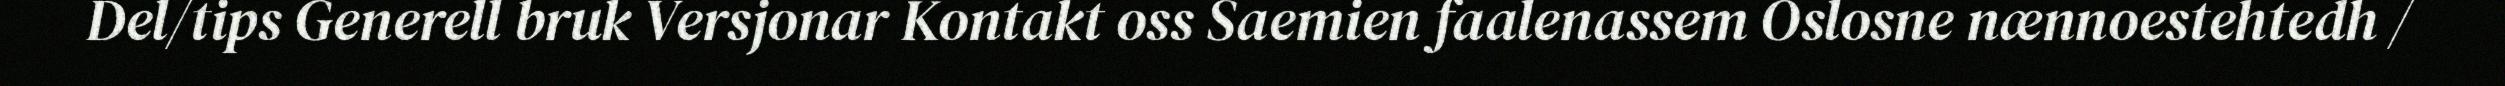
Del/tips Generell bruk Versjonar Kontakt oss Saemien faalenassem Oslosne nænnoestehtedh /